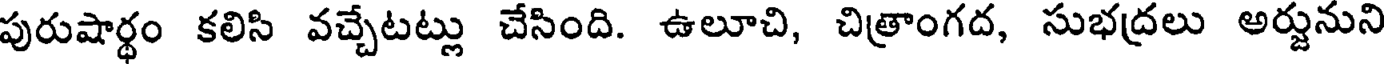
పురుషార్థం కలిసి వచ్చేటట్లు చేసింది. ఉలూచి, చిత్రాంగద, సుభద్రలు అర్జునుని